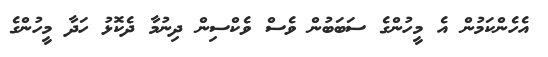
އެހެންކަމުން އެ މީހުންގެ ސަބަބުން ވެސް ވެކްސިން ދިނުމާ ދެކޮޅު ހަދާ މީހުންގެ